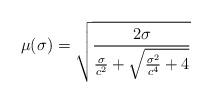
LaTeX: \begin{align*}\mu(\sigma)=\sqrt{2\sigma\over {\sigma\over c^2}+\sqrt{{\sigma^2\over c^4}+4}}\end{align*}